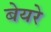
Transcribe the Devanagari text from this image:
बेयरे